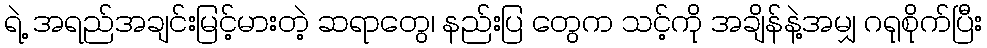
ရဲ့ အရည်အချင်းမြင့်မားတဲ့ ဆရာတွေ၊ နည်းပြ တွေက သင့်ကို အချိန်နဲ့အမျှ ဂရုစိုက်ပြီး